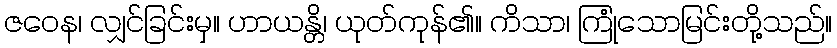
ဇဝေန၊ လျှင်ခြင်းမှ။ ဟာယန္တိ၊ ယုတ်ကုန်၏။ ကိသာ၊ ကြုံသောမြင်းတို့သည်။